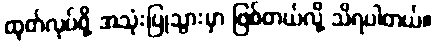
ထုတ်လုပ်ဖို့ အသုံးပြုသွားမှာ ဖြစ်တယ်လို့ သိရပါတယ်။